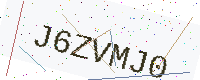
Text: J6ZVMJ0